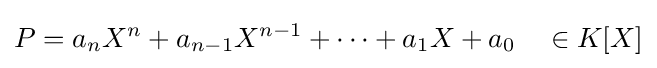
P=a_{n}X^{n}+a_{n-1}X^{n-1}+\dots +a_{1}X+a_{0}\quad \in K[X]